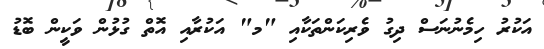
އަކުރު ހިމެނުނަސް ދިގު ވެރިކަންތަކާއި "މ" އަކުރާއި އޮތް ގުޅުން ވަކީން ބޮޑު